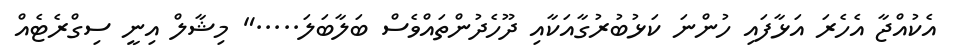
އެކުއްޖާ އެހެރަ އަޅާފައި ހުންނަ ކަޅުބުރުގާއަކާއި ދޫހެދުންތައްވެސް ބަލާބަލަ....." މިޝާލް އިނީ ސިގްރެޓެއް